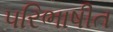
પરિભાષીત